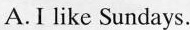
A.I like Sundays.